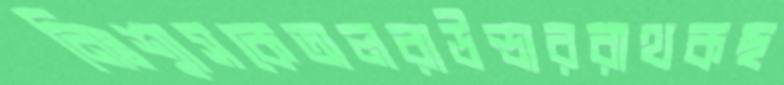
নিঃশ্বাসকেঅলরাউন্ডাররাথকছ